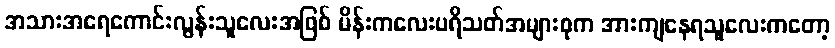
အသားအရေကောင်းလွန်းသူလေးအဖြစ် မိန်းကလေးပရိသတ်အများစုက အားကျနေရသူလေးကတော့